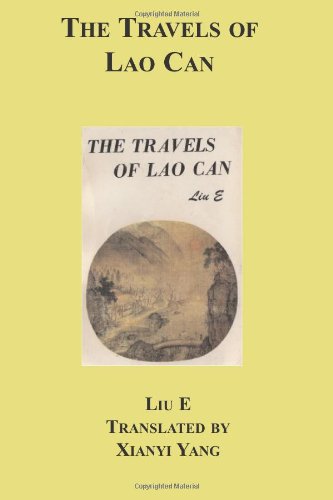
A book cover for The Travels Of Lao Can; Liu E; Travel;